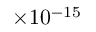
\times 1 0 ^ { - 1 5 }